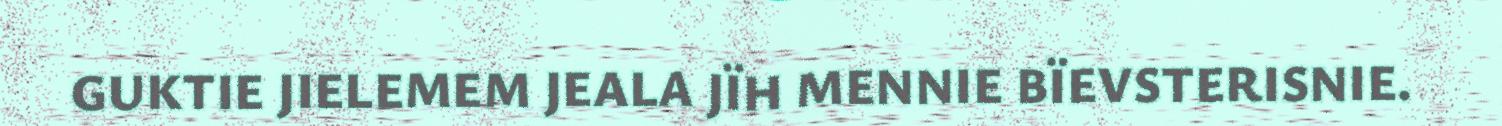
GUKTIE JIELEMEM JEALA JÏH MENNIE BÏEVSTERISNIE.